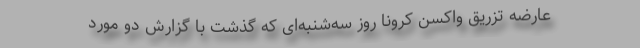
عارضه تزریق واکسن کرونا روز سه‌شنبه‌ای که گذشت با گزارش دو ‌مورد